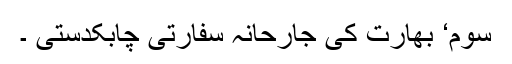
سوم‘ بھارت کی جارحانہ سفارتی چابکدستی ۔